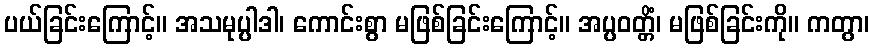
ပယ်ခြင်းကြောင့်။ အသမုပ္ပါဒါ၊ ကောင်းစွာ မဖြစ်ခြင်းကြောင့်။ အပ္ပဝတ္တိံ၊ မဖြစ်ခြင်းကို။ ကတွာ၊